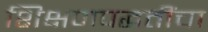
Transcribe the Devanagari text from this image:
शिक्षणपद्धतींचा